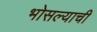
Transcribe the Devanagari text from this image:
भोसल्याची